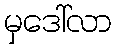
မှဒေါ်လာ